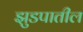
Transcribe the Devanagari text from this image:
झुडपातील